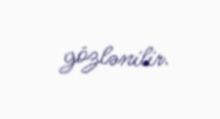
gözlənilir.